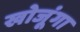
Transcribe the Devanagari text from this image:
खोजूंगा